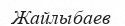
Жайлыбаев